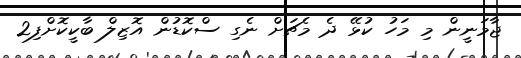
ޖާމަނީން މި މަހު ކުޅޭ ދެ މެޗަށް ނެގި ސްކޮޑުން އޮޒިލް ބާކީކޮށްފި2